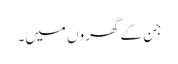
جن کے گھروں میں۔